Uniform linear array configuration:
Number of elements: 24
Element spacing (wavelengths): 0.25
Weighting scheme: kaiser
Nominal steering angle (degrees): -30
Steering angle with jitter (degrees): -28.406
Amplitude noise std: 0.05
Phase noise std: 0.05

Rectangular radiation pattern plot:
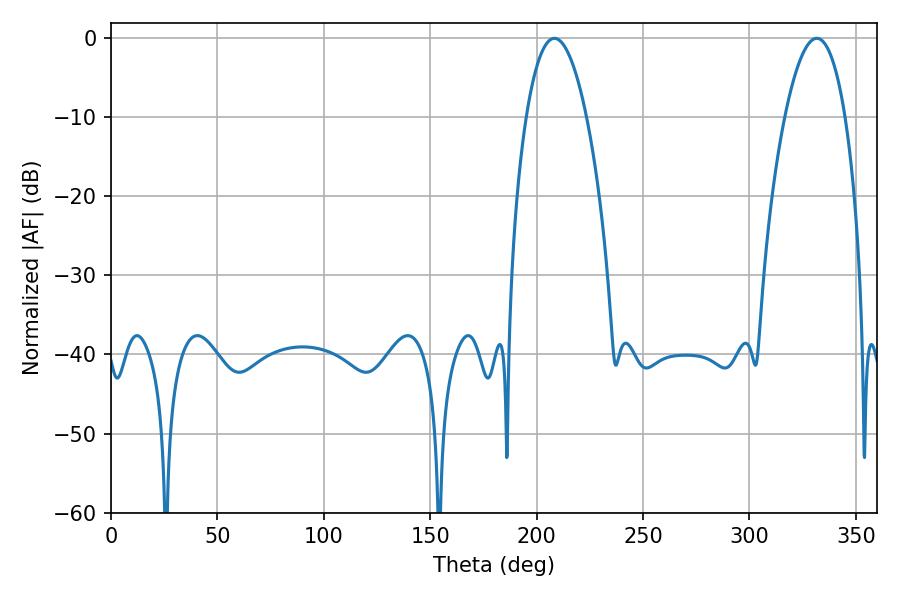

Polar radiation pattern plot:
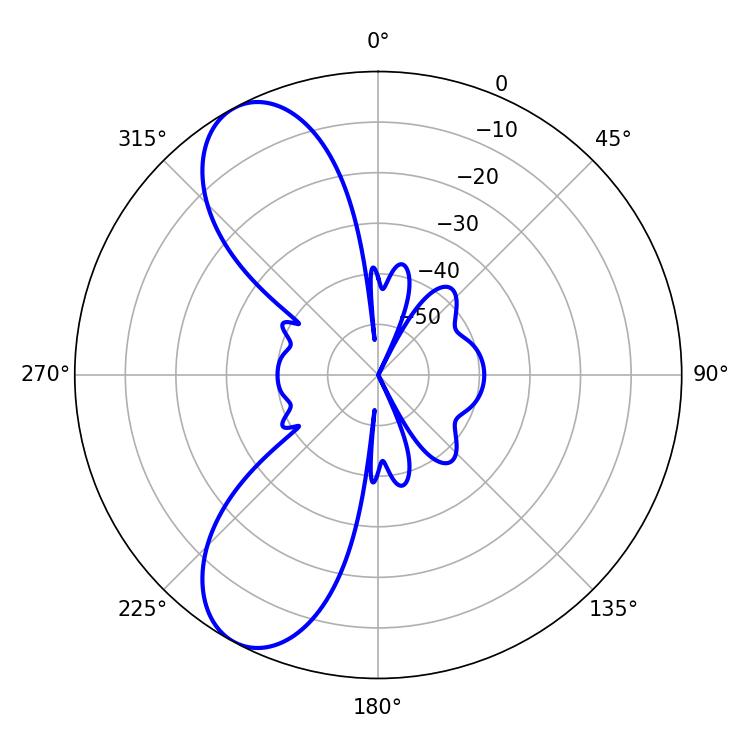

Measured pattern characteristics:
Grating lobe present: FALSE
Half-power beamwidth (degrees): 15.84
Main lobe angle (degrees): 208.26